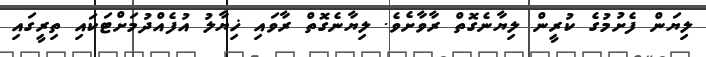
ލިޔަން ފެށުމުގެ ކުރީން ލިޔާނެގޮތް ރާވާށެވެ. ލިޔާނެގޮތް ރާވައި ޚިޔާލު އުފެއްދުމަށްޓަކައި ތިރީގައި